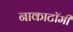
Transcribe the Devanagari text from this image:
नाकाटॉमी